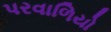
પરવાળિયો